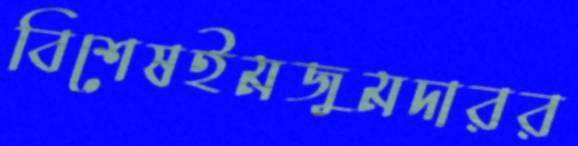
বিশেষইমজুমদারর